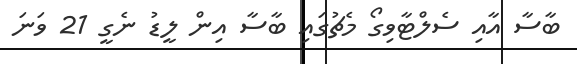
ބާސާ އާއި ސެލްޓާވިގޯ މެޗުގައި ބާސާ އިން ލީޑު ނެގީ 21 ވަނަ